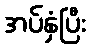
အပ်နှံပြီး